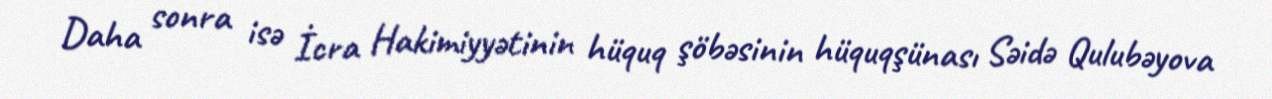
Daha sonra isə İcra Hakimiyyətinin hüquq şöbəsinin hüquqşünası Səidə Qulubəyova